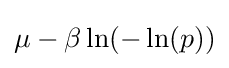
\mu -\beta \ln(-\ln(p))